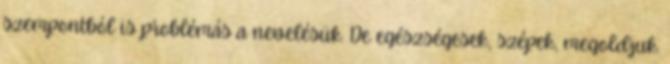
szempontból is problémás a nevelésük. De egészségesek, szépek, megoldjuk.